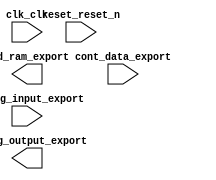

module snes_tst_cpu (
	clk_clk,
	config_input_export,
	config_output_export,
	cont_data_export,
	osd_ram_export,
	reset_reset_n);	

	input		clk_clk;
	input	[31:0]	config_input_export;
	output	[31:0]	config_output_export;
	input	[15:0]	cont_data_export;
	output	[22:0]	osd_ram_export;
	input		reset_reset_n;
endmodule